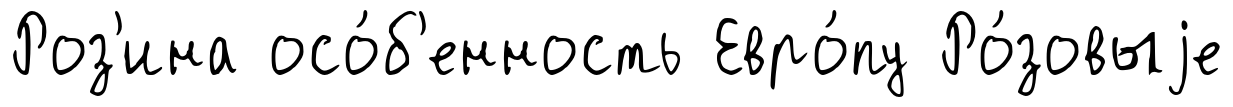
Роз'ина осо́б'енность Евро́пу Ро́зовыjе